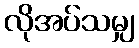
လိုအပ်သမျှ